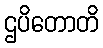
ဌပိတောတိ